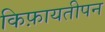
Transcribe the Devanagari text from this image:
किफ़ायतीपन